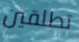
تطلقين